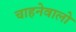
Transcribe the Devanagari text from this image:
चाहनेवालो